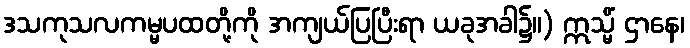
ဒသကုသလကမ္မပထတို့ကို အကျယ်ပြပြီးရာ ယခုအခါ၌။) ဣသ္မိံ ဌာနေ၊